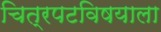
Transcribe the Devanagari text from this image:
चित्रपटविषयाला